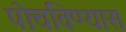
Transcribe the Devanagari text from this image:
पोचविण्यास